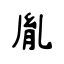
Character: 胤